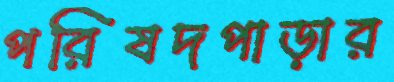
পরিষদপাড়ার